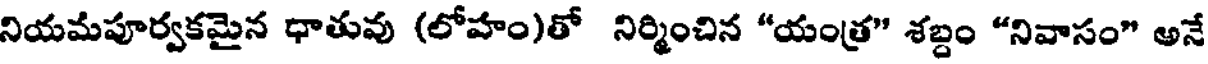
నియమపూర్వకమైన ధాతువు (లోహం)తో నిర్మించిన "యంత్ర" శబ్దం "నివాసం" అనే